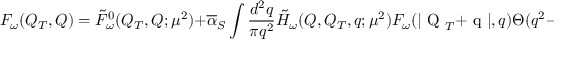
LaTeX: F _ { \omega } ( Q _ { T } , Q ) = \tilde { F } _ { \omega } ^ { 0 } ( Q _ { T } , Q ; \mu ^ { 2 } ) + \overline { { { \alpha } } } _ { S } \int \frac { d ^ { 2 } q } { \pi q ^ { 2 } } \tilde { H } _ { \omega } ( Q , Q _ { T } , q ; \mu ^ { 2 } ) F _ { \omega } ( | \mathrm { \boldmath ~ Q ~ } _ { T } + \mathrm { \boldmath ~ q ~ } | , q ) \Theta ( q ^ { 2 } - \mu ^ { 2 } )